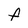
Character: f